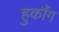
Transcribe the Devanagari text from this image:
हुकौंग